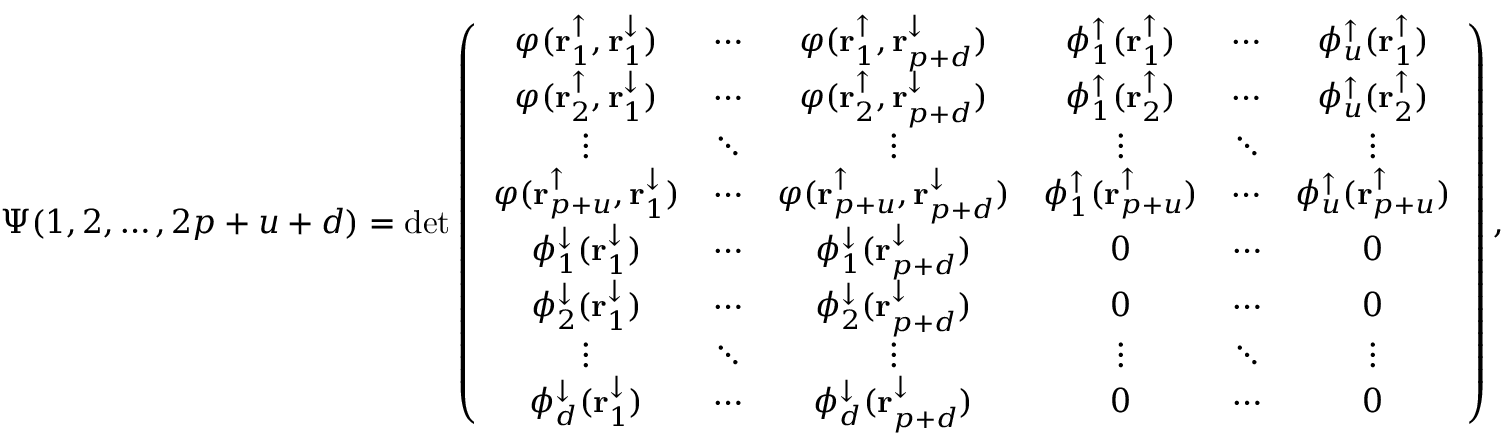
\Psi ( 1 , 2 , \dots , 2 p + u + d ) = \operatorname* { d e t } \left( \begin{array} { c c c c c c c c } { \varphi ( \mathbf { r } _ { 1 } ^ { \uparrow } , \mathbf { r } _ { 1 } ^ { \downarrow } ) } & { \cdots } & { \varphi ( \mathbf { r } _ { 1 } ^ { \uparrow } , \mathbf { r } _ { p + d } ^ { \downarrow } ) } & { \phi _ { 1 } ^ { \uparrow } ( \mathbf { r } _ { 1 } ^ { \uparrow } ) } & { \cdots } & { \phi _ { u } ^ { \uparrow } ( \mathbf { r } _ { 1 } ^ { \uparrow } ) } \\ { \varphi ( \mathbf { r } _ { 2 } ^ { \uparrow } , \mathbf { r } _ { 1 } ^ { \downarrow } ) } & { \cdots } & { \varphi ( \mathbf { r } _ { 2 } ^ { \uparrow } , \mathbf { r } _ { p + d } ^ { \downarrow } ) } & { \phi _ { 1 } ^ { \uparrow } ( \mathbf { r } _ { 2 } ^ { \uparrow } ) } & { \cdots } & { \phi _ { u } ^ { \uparrow } ( \mathbf { r } _ { 2 } ^ { \uparrow } ) } \\ { \vdots } & { \ddots } & { \vdots } & { \vdots } & { \ddots } & { \vdots } \\ { \varphi ( \mathbf { r } _ { p + u } ^ { \uparrow } , \mathbf { r } _ { 1 } ^ { \downarrow } ) } & { \cdots } & { \varphi ( \mathbf { r } _ { p + u } ^ { \uparrow } , \mathbf { r } _ { p + d } ^ { \downarrow } ) } & { \phi _ { 1 } ^ { \uparrow } ( \mathbf { r } _ { p + u } ^ { \uparrow } ) } & { \cdots } & { \phi _ { u } ^ { \uparrow } ( \mathbf { r } _ { p + u } ^ { \uparrow } ) } \\ { \phi _ { 1 } ^ { \downarrow } ( \mathbf { r } _ { 1 } ^ { \downarrow } ) } & { \cdots } & { \phi _ { 1 } ^ { \downarrow } ( \mathbf { r } _ { p + d } ^ { \downarrow } ) } & { 0 } & { \cdots } & { 0 } \\ { \phi _ { 2 } ^ { \downarrow } ( \mathbf { r } _ { 1 } ^ { \downarrow } ) } & { \cdots } & { \phi _ { 2 } ^ { \downarrow } ( \mathbf { r } _ { p + d } ^ { \downarrow } ) } & { 0 } & { \cdots } & { 0 } \\ { \vdots } & { \ddots } & { \vdots } & { \vdots } & { \ddots } & { \vdots } \\ { \phi _ { d } ^ { \downarrow } ( \mathbf { r } _ { 1 } ^ { \downarrow } ) } & { \cdots } & { \phi _ { d } ^ { \downarrow } ( \mathbf { r } _ { p + d } ^ { \downarrow } ) } & { 0 } & { \cdots } & { 0 } \end{array} \right) ,